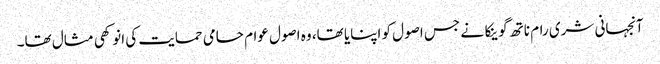
آنجہانی شری رام ناتھ گوینکا نے جس اصول کو اپنایا تھا، وہ اصول عوام حامی حمایت کی انوکھی مثال تھا۔